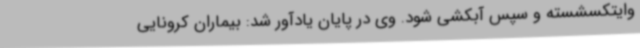
وایتکسشسته و سپس آبکشی شود. وی در پایان یادآور شد: بیماران کرونایی